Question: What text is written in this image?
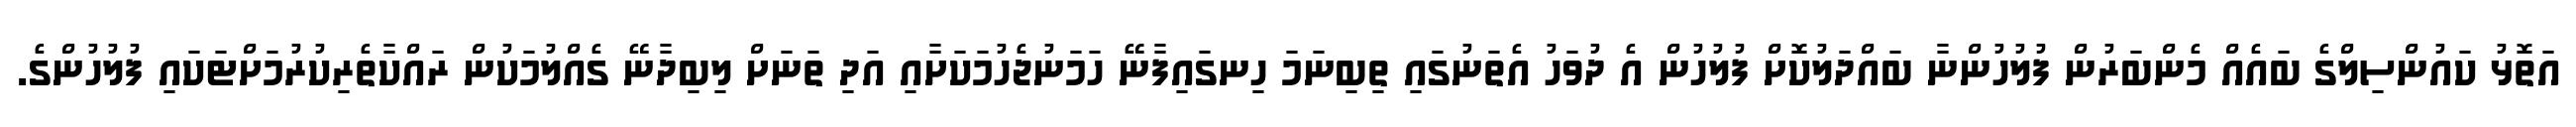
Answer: އަތޮޅު ކައުންސިލްގެ ބައެއް މެންބަރުން ފުލުހުންނާ ބައްދަލުކޮށް ފުލުހުން އެ ދުވަހު އެތަނުގައި ތިބިނަމަ ހިނގައިފާނޭ ހަމަނުޖެހުމަކަށާއި އަދި ތަނަށް ލިބިދާނޭ ގެއްލުމަކުން ރައްކާތެރިކުރުމަށްޓަކައި ފުލުހުންގެ.